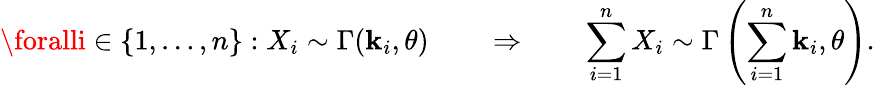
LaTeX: \foralli\in\{ 1,\ldots,n\} :X_{i}\sim\Gamma(\mathbf{k}_{i},\theta)\qquad\Rightarrow\qquad\sum_{i=1}^{n}X_{i}\sim\Gamma\left(\sum_{i=1}^{n}\mathbf{k}_{i},\theta\right).